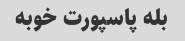
بله پاسپورت خوبه